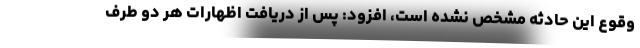
وقوع این حادثه مشخص نشده است، افزود: پس از دریافت اظهارات هر دو طرف